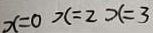
x = 0 x = 2 x = 3